Vaccine operations Central Provinces 1886-1899 - 1886-1899
Year: 1886
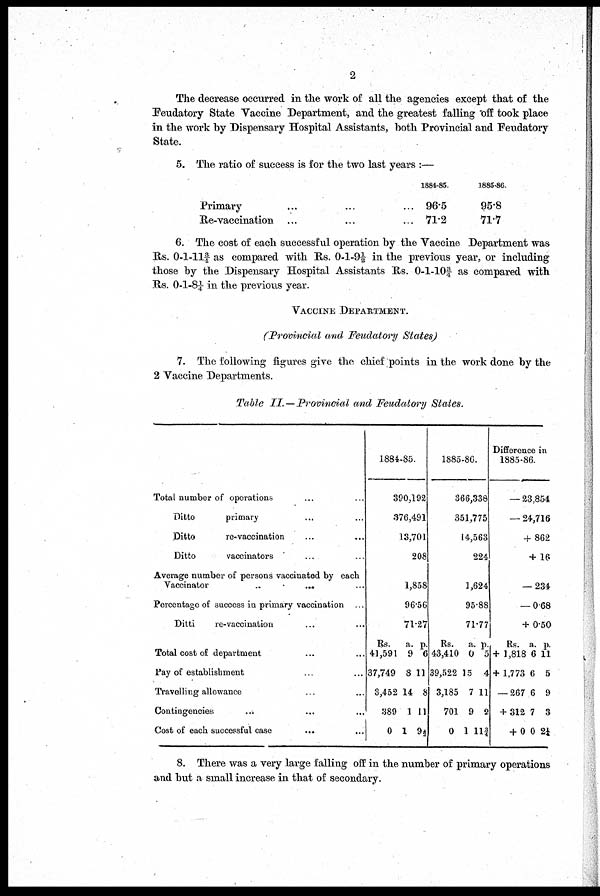
2
The decrease occurred in the work of all the agencies except that of the
Feudatory State Vaccine Department, and the greatest falling off took place
in the work by Dispensary Hospital Assistants, both Provincial and Feudatory
State.
5. The ratio of success is for the two last years :—
Primary ... ... ...
Re-vaccination ... ... ...
1884-85.
96.5
71.2
1885-86.
95.8
71.7
6. The cost of each successful operation by the Vaccine Department was
Rs. 0-1-11¾ as compared with Rs. 0-1-9½ in the previous year, or including
those by the Dispensary Hospital Assistants Rs. 0-1-10¾ as compared with
Rs. 0-1-8¼ in the previous year.
VACCINE DEPARTMENT.
(Provincial and Feudatory States)
7. The following figures give the chief points in the work done by the
2 Vaccine Departments.
Table II—Provincial and Feudatory States.
Total number of operations … …
Ditto
primary … …
Ditto
re-vaccination … …
Ditto
vaccinators … …
Average number of persons vaccinated by each
Vaccinator … …
Percentage of success in primary vaccination ...
Ditti
re-vaccination … …
Total cost of department … …
Pay of establishment ... ...
Travelling allowance … …
Contingencies … …
Cost of each successful case
...
...
1884-85.
390,192
376,491
13,701
208
1,858
96.56
71.27
Rs.
41,591
37,749
8,452
389
0
a.
9
8
14
1
1
p.
6
11
8
11
9½
1885-86.
366,338
351,775
14,563
224
1,624
95.88
71.77
Rs.
43,410
39,522
3,185
701
0
a.
0
15
7
9
11
p.
5
4
11
2
1¾
Difference in
1885-86.
-23,854
- 24,716
+ 862
+ 16
- 234
-0.68
+ 0.50
Rs.
+ 1,818
+ 1,773
- 267
+ 312
+ 0
a.
6
6
6
7
0
p.
11
5
9
3
2¼
8. There was a very large falling off in the number of primary operations
and but a small increase in that of secondary.